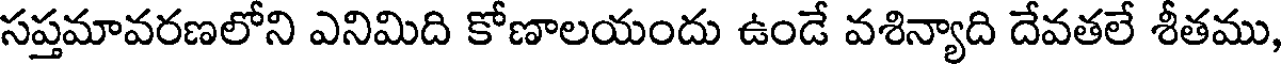
సప్తమావరణలోని ఎనిమిది కోణాలయందు ఉండే వశిన్యాది దేవతలే శీతము,